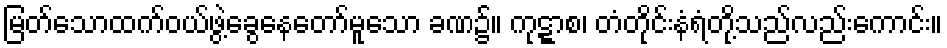
မြတ်သောထက်ဝယ်ဖွဲ့ခွေနေတော်မူသော ခဏ၌။ ကုဋ္ဋာစ၊ တံတိုင်းနံရံတို့သည်လည်းကောင်း။